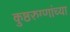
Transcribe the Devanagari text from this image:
कुष्ठरुग्णांच्या